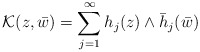
\begin{align*}{\cal K}(z, \bar w)=\sum_{j=1}^{\infty}h_j(z)\wedge\bar h_j(\bar w)\end{align*}